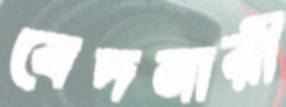
বেদনারী